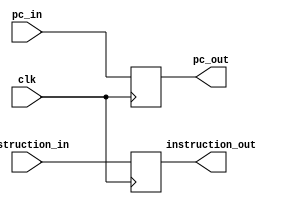
module IF_ID( clk, pc_in, instruction_in, pc_out, instruction_out );
	input clk;
	input [31:0] pc_in;
	input [31:0] instruction_in;
	output reg [31:0] pc_out;
	output reg [31:0] instruction_out;
	
	always @ ( posedge clk ) begin
		pc_out = pc_in;
		instruction_out = instruction_in;
	end	
endmodule